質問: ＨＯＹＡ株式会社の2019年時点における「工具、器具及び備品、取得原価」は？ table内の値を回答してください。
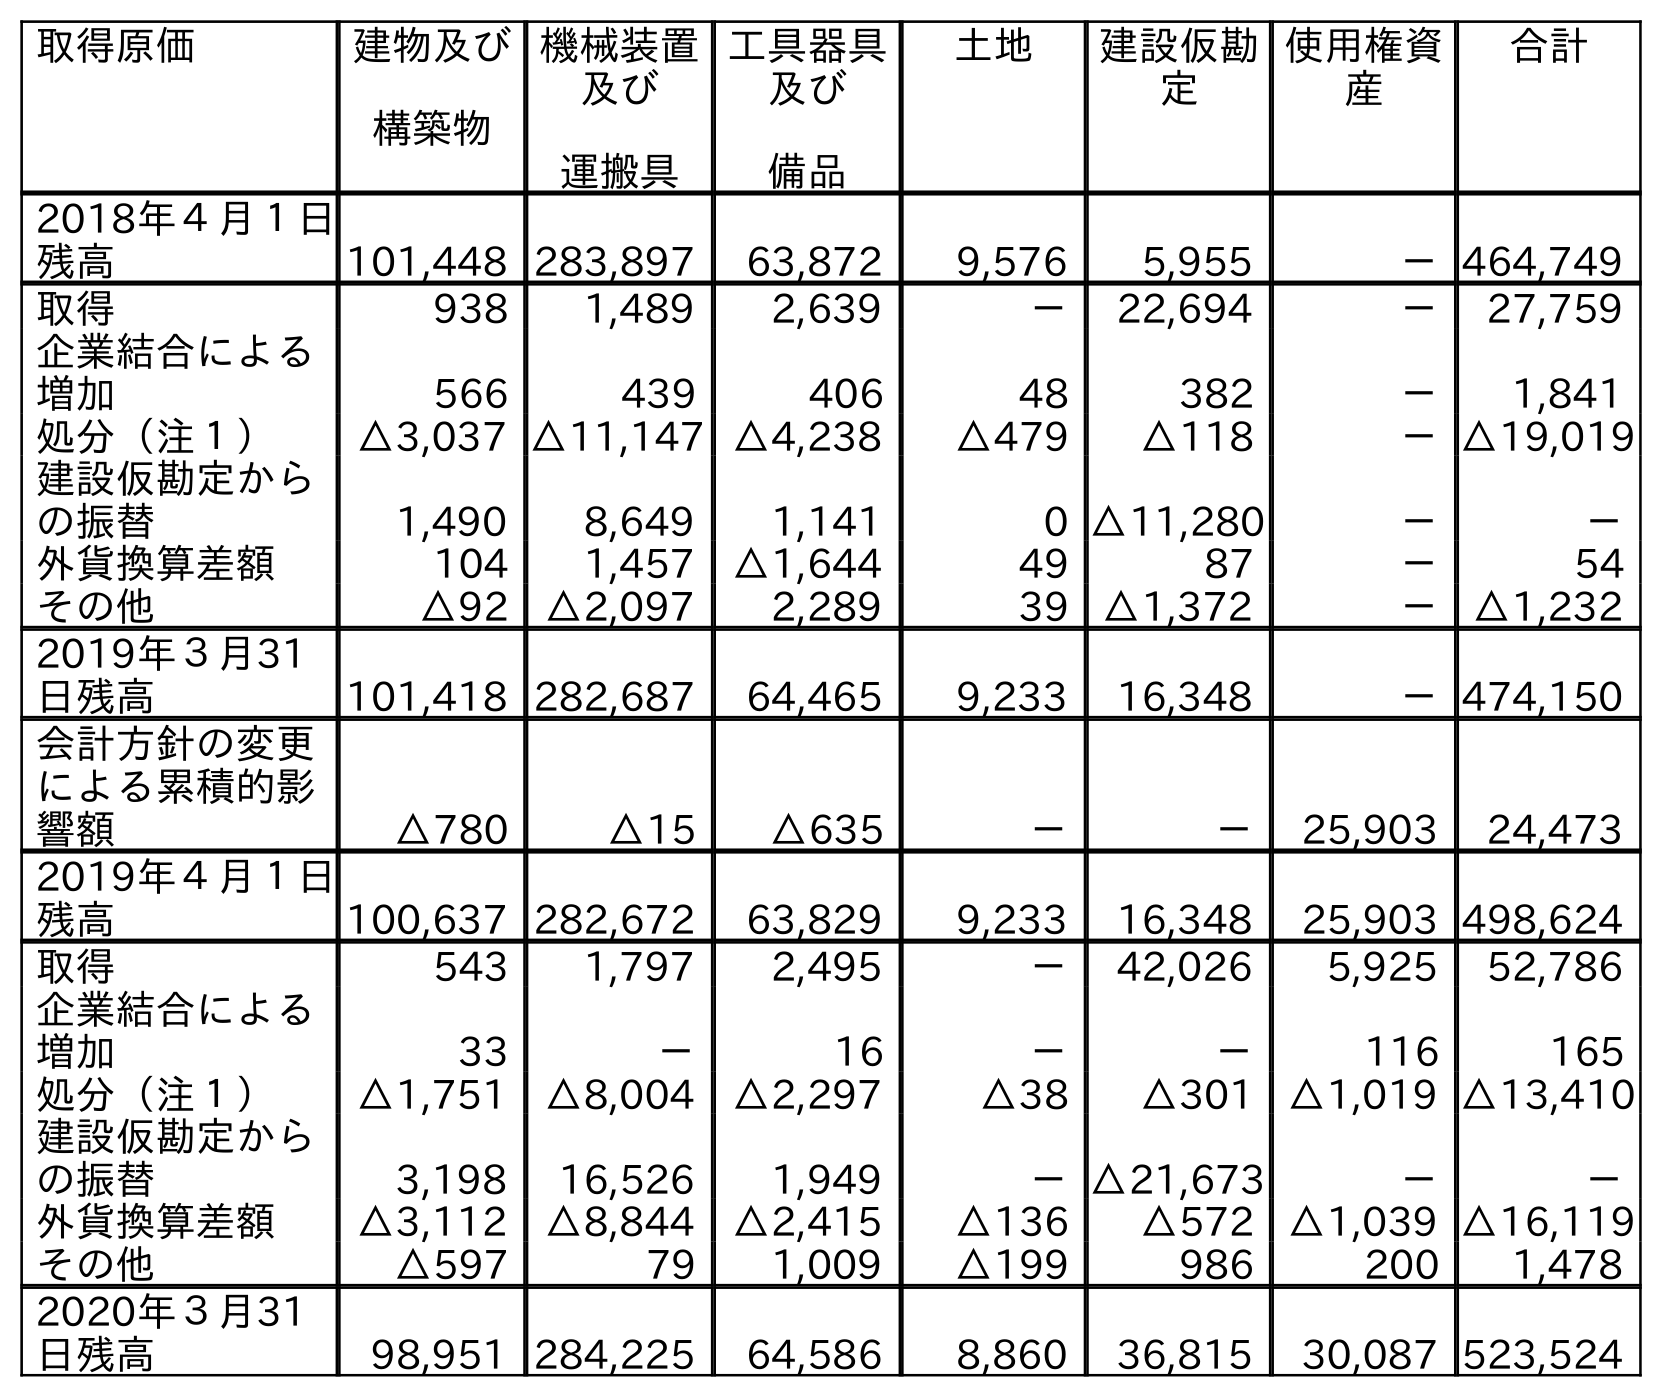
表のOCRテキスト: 取得原価 建物及び 構築物 機械装置 及び 運搬具 工具器具 及び 備品 土地 建設仮勘 定 使用権資 産 合計 2018年４月１日 残高 101,448 283,897 63,872 9,576 5,955 －464,749 取得 938 1,489 2,639 － 22,694 － 27,759 企業結合による 増加 566 439 406 48 382 － 1,841 処分（注１） △3,037 △11,147 △4,238 △479 △118 －△19,019 建設仮勘定から の振替 1,490 8,649 1,141 0 △11,280 － － 外貨換算差額 104 1,457 △1,644 49 87 － 54 その他 △92 △2,097 2,289 39 △1,372 － △1,232 2019年３月31 日残高 101,418 282,687 64,465 9,233 16,348 －474,150 会計方針の変更 による累積的影 響額 △780 △15 △635 － － 25,903 24,473 2019年４月１日 残高 100,637 282,672 63,829 9,233 16,348 25,903 498,624 取得 543 1,797 2,495 － 42,026 5,925 52,786 企業結合による 増加 33 － 16 － － 116 165 処分（注１） △1,751 △8,004 △2,297 △38 △301 △1,019 △13,410 建設仮勘定から の振替 3,198 16,526 1,949 －△21,673 － － 外貨換算差額 △3,112 △8,844 △2,415 △136 △572 △1,039 △16,119 その他 △597 79 1,009 △199 986 200 1,478 2020年３月31 日残高 98,951 284,225 64,586 8,860 36,815 30,087 523,524
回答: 64,465